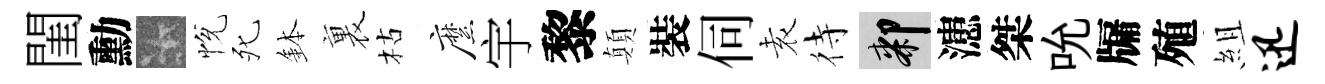
閨勳卡恱死鉢裏枯縻宇黎顛裝伺𡊮待膝漶桀吮牖殖組迅